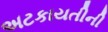
અટકાયતીની